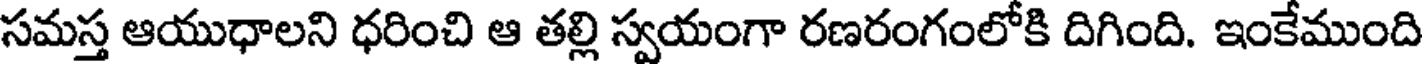
సమస్త ఆయుధాలని ధరించి ఆ తల్లి స్వయంగా రణరంగంలోకి దిగింది. ఇంకేముంది